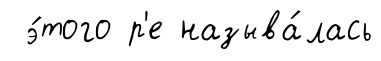
э́того р'е называ́лась